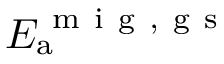
E _ { \mathrm { a } } ^ { \mathrm { ~ m ~ i ~ g ~ , ~ g ~ s ~ } }